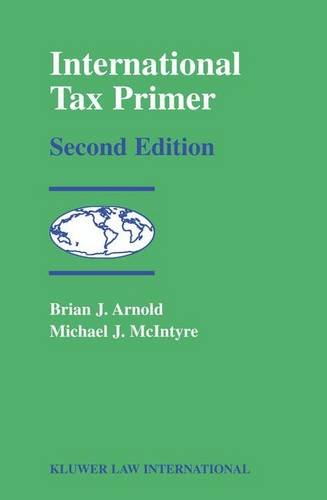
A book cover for International Tax Primer; Brian J. Arnold; Law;